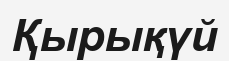
Қырықүй